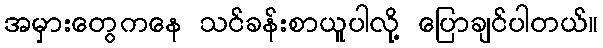
အမှားတွေကနေ သင်ခန်းစာယူပါလို့ ပြောချင်ပါတယ်။